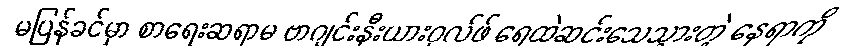
မပြန်ခင်မှာ စာရေးဆရာမ ဗာဂျင်းနီးယားဝုလ်ဖ် ရေထဲဆင်းသေသွားတဲ့ နေရာကို